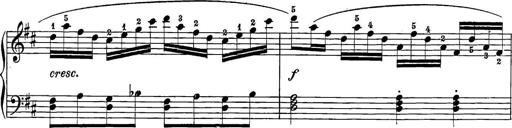
Title: 12 Sonatine per Pianoforte
Composer: Friedrich Kuhlau